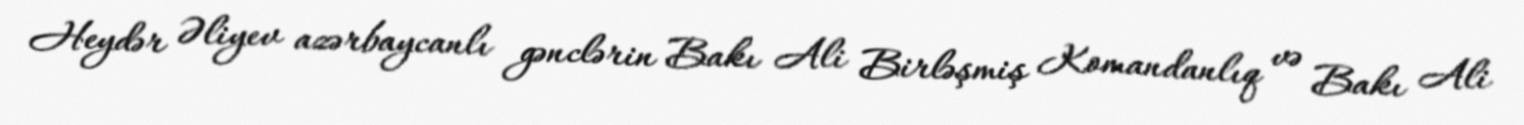
Heydər Əliyev azərbaycanlı gənclərin Bakı Ali Birləşmiş Komandanlıq və Bakı Ali